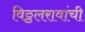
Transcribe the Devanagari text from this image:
विठ्ठलरावांची